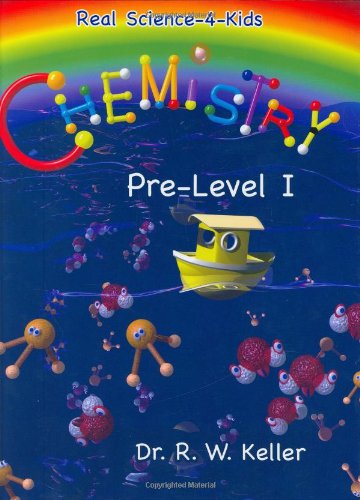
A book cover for Chemistry, Pre-Level 1 (Real Science-4-Kids); Rebecca W. Keller; Children's Books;